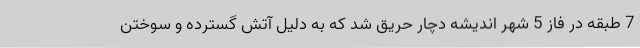
7 طبقه در فاز 5 شهر اندیشه دچار حریق شد که به دلیل آتش گسترده و سوختن